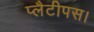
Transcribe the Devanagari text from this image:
प्लैटीपस।